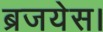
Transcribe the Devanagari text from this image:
ब्रजयेस।